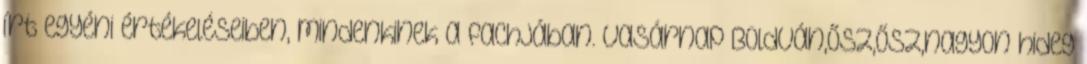
írt egyéni értékeléseiben, mindenkinek a fachjában. vasárnap Boldván,Ősz,Ősz,nagyon hideg